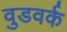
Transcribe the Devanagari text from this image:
वुडवर्क